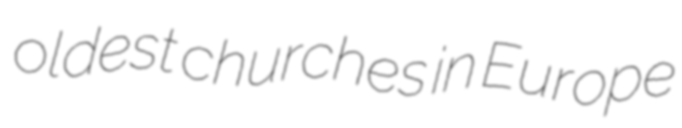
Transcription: oldest churches in Europe